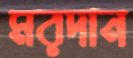
মরদান